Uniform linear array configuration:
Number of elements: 64
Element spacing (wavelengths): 0.75
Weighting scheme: uniform
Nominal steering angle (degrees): -30
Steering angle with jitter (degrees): -30.826
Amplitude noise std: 0.05
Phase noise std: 0.05

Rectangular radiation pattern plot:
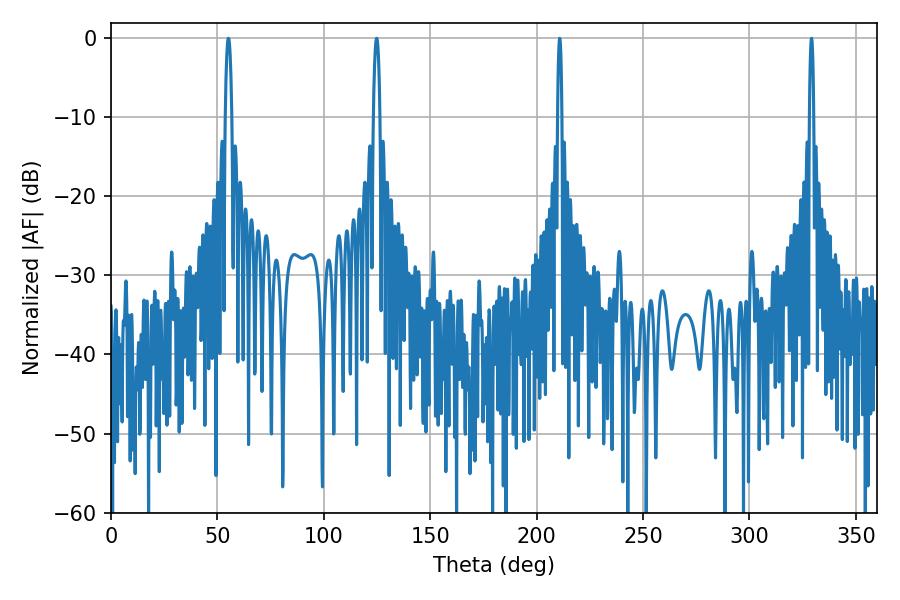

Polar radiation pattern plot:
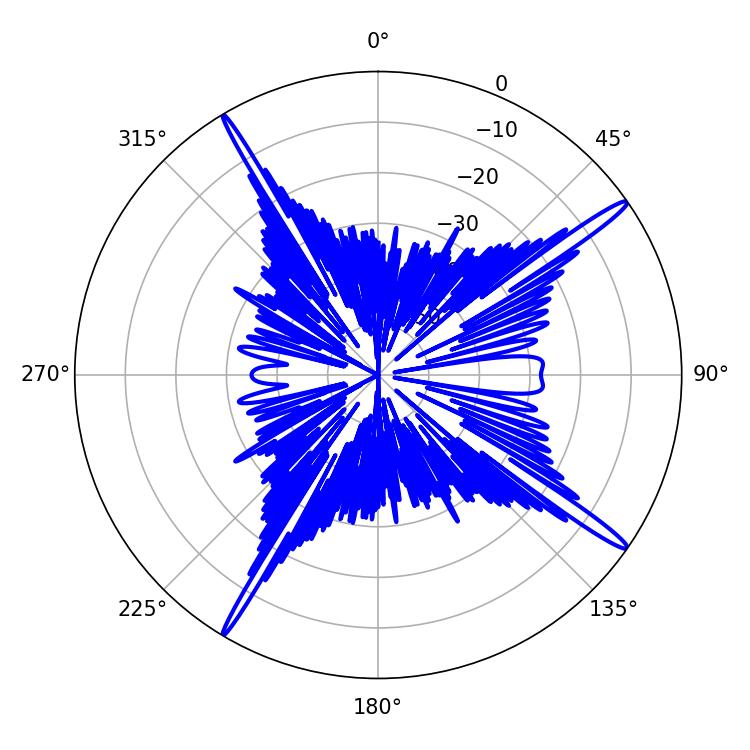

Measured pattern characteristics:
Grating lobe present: TRUE
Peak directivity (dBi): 17.545
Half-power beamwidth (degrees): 1.08
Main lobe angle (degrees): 210.78